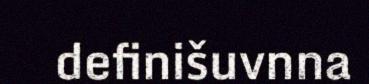
definišuvnna